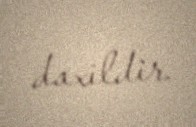
daxildir.